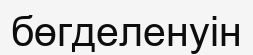
бөгделенуін